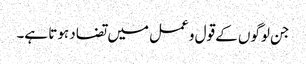
جن لوگوں کے قول و عمل میں تضاد ہوتا ہے۔